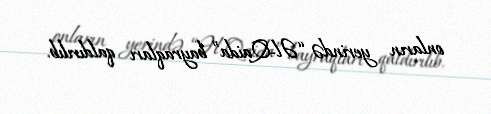
onların yerində “Əl-Qaida” bayraqları qaldırılıb.